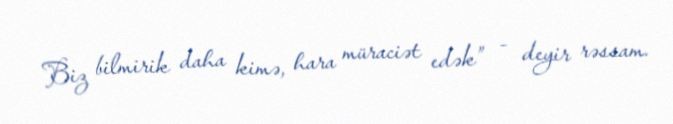
Biz bilmirik daha kimə, hara müraciət edək” - deyir rəssam.